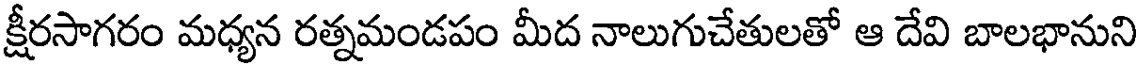
క్షీరసాగరం మధ్యన రత్నమండపం మీద నాలుగుచేతులతో ఆ దేవి బాలభానుని